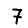
Digit: 7